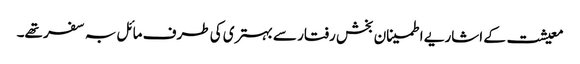
معیشت کے اشاریے اطمینان بخش رفتار سے بہتری کی طرف مائل بہ سفر تھے۔